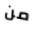
من